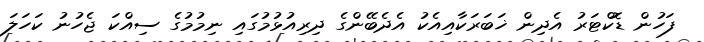
ފަހުން ޑޮކްޓަރު އެދިން ޚަބަރަކާއިއެކު އެދެބޭންގެ ދިރިއުޅުމުގައި ނިމުމުގެ ސިއްކަ ޖެހުނު ކަހަލަ